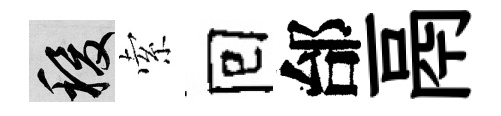
稷索囘邰鬲